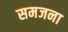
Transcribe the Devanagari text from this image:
समजना